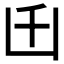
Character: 𠙺